Annual report on the Civil Veterinary Department, Burma (including the Insein Veterinary School) - 1923-1931
Year: 1923
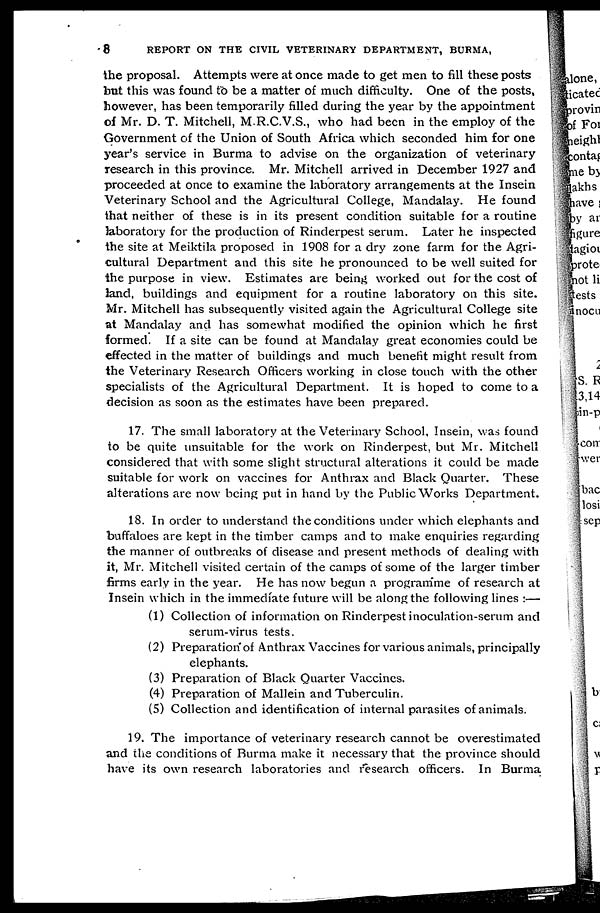
8
REPORT ON THE CIVIL VETERINARY DEPARTMENT, BURMA,
the proposal. Attempts were at once made to get men to fill these posts
but this was found to be a matter of much difficulty. One of the posts,
however, has been temporarily filled during the year by the appointment
of Mr. D. T. Mitchell, M.R.C.V.S., who had been in the employ of the
Government of the Union of South Africa which seconded him for one
year's service in Burma to advise on the organization of veterinary
research in this province. Mr. Mitchell arrived in December 1927 and
proceeded at once to examine the laboratory arrangements at the Insein
Veterinary School and the Agricultural College, Mandalay. He found
that neither of these is in its present condition suitable for a routine
laboratory for the production of Rinderpest serum. Later he inspected
the site at Meiktila proposed in 1908 for a dry zone farm for the Agri-
cultural Department and this site he pronounced to be well suited for
the purpose in view. Estimates are being worked out for the cost of
land, buildings and equipment for a routine laboratory on this site.
Mr. Mitchell has subsequently visited again the Agricultural College site
at Mandalay and has somewhat modified the opinion which he first
formed. If a site can be found at Mandalay great economies could be
effected in the matter of buildings and much benefit might result from
the Veterinary Research Officers working in close touch with the other
specialists of the Agricultural Department. It is hoped to come to a
decision as soon as the estimates have been prepared.
17. The small laboratory at the Veterinary School, Insein, was found
to be quite unsuitable for the work on Rinderpest, but Mr. Mitchell
considered that with some slight structural alterations it could be made
suitable for work on vaccines for Anthrax and Black Quarter. These
alterations are now being put in hand by the Public Works Department.
18. In order to understand the conditions under which elephants and
buffaloes are kept in the timber camps and to make enquiries regarding
the manner of outbreaks of disease and present methods of dealing with
it, Mr. Mitchell visited certain of the camps of some of the larger timber
firms early in the year. He has now begun a programme of research at
Insein which in the immediate future will be along the following lines :—
(1) Collection of information on Rinderpest inoculation-serum and
serum-virus tests.
(2) Preparation of Anthrax Vaccines for various animals, principally
elephants.
(3) Preparation of Black Quarter Vaccines.
(4) Preparation of Mallein and Tuberculin.
(5) Collection and identification of internal parasites of animals.
19. The importance of veterinary research cannot be overestimated
and the conditions of Burma make it necessary that the province should
have its own research laboratories and research officers. In Burma